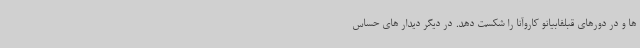
ها و در دورهای قبلفابیانو کاروآنا را شکست دهد. در دیگر دیدار های حساس